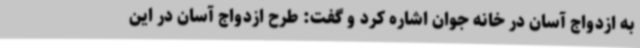
به ازدواج آسان در خانه جوان اشاره کرد و گفت: طرح ازدواج آسان در این